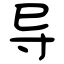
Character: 导